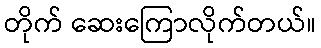
တိုက် ဆေးကြောလိုက်တယ်။